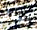
استلم